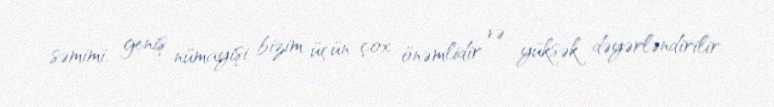
səmimi, geniş nümayişi bizim üçün çox önəmlidir və yüksək dəyərləndirilir.